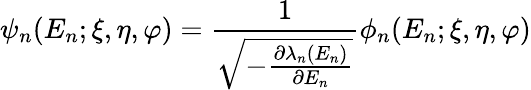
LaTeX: \psi_{n}(E_{n};\xi,\eta,\varphi)=\frac{1}{\sqrt{-\frac{\partial\lambda_{n}(E_{n})}{\partial E_{n}}}}\phi_{n}(E_{n};\xi,\eta,\varphi)